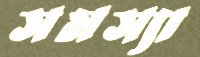
সমস্যা